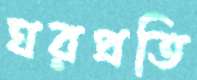
ঘরপ্রতি